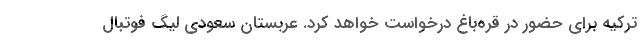
ترکیه برای حضور در قره‌باغ درخواست خواهد کرد. عربستان سعودی لیگ فوتبال